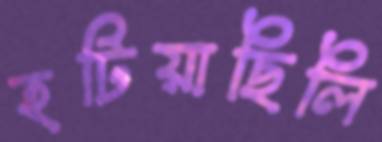
হটিয়াছিলি